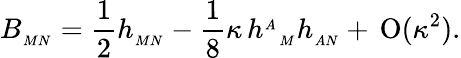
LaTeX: B_{{}_{MN}}=\frac{1}{2}h_{{}_{MN}}-\frac{1}{8}\kappa\, {h^{{}_{A}}}_{{}_{M}}h_{{}_{AN}}+\, \mathrm{O}(\kappa^{2}).